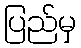
ပြည်မှ